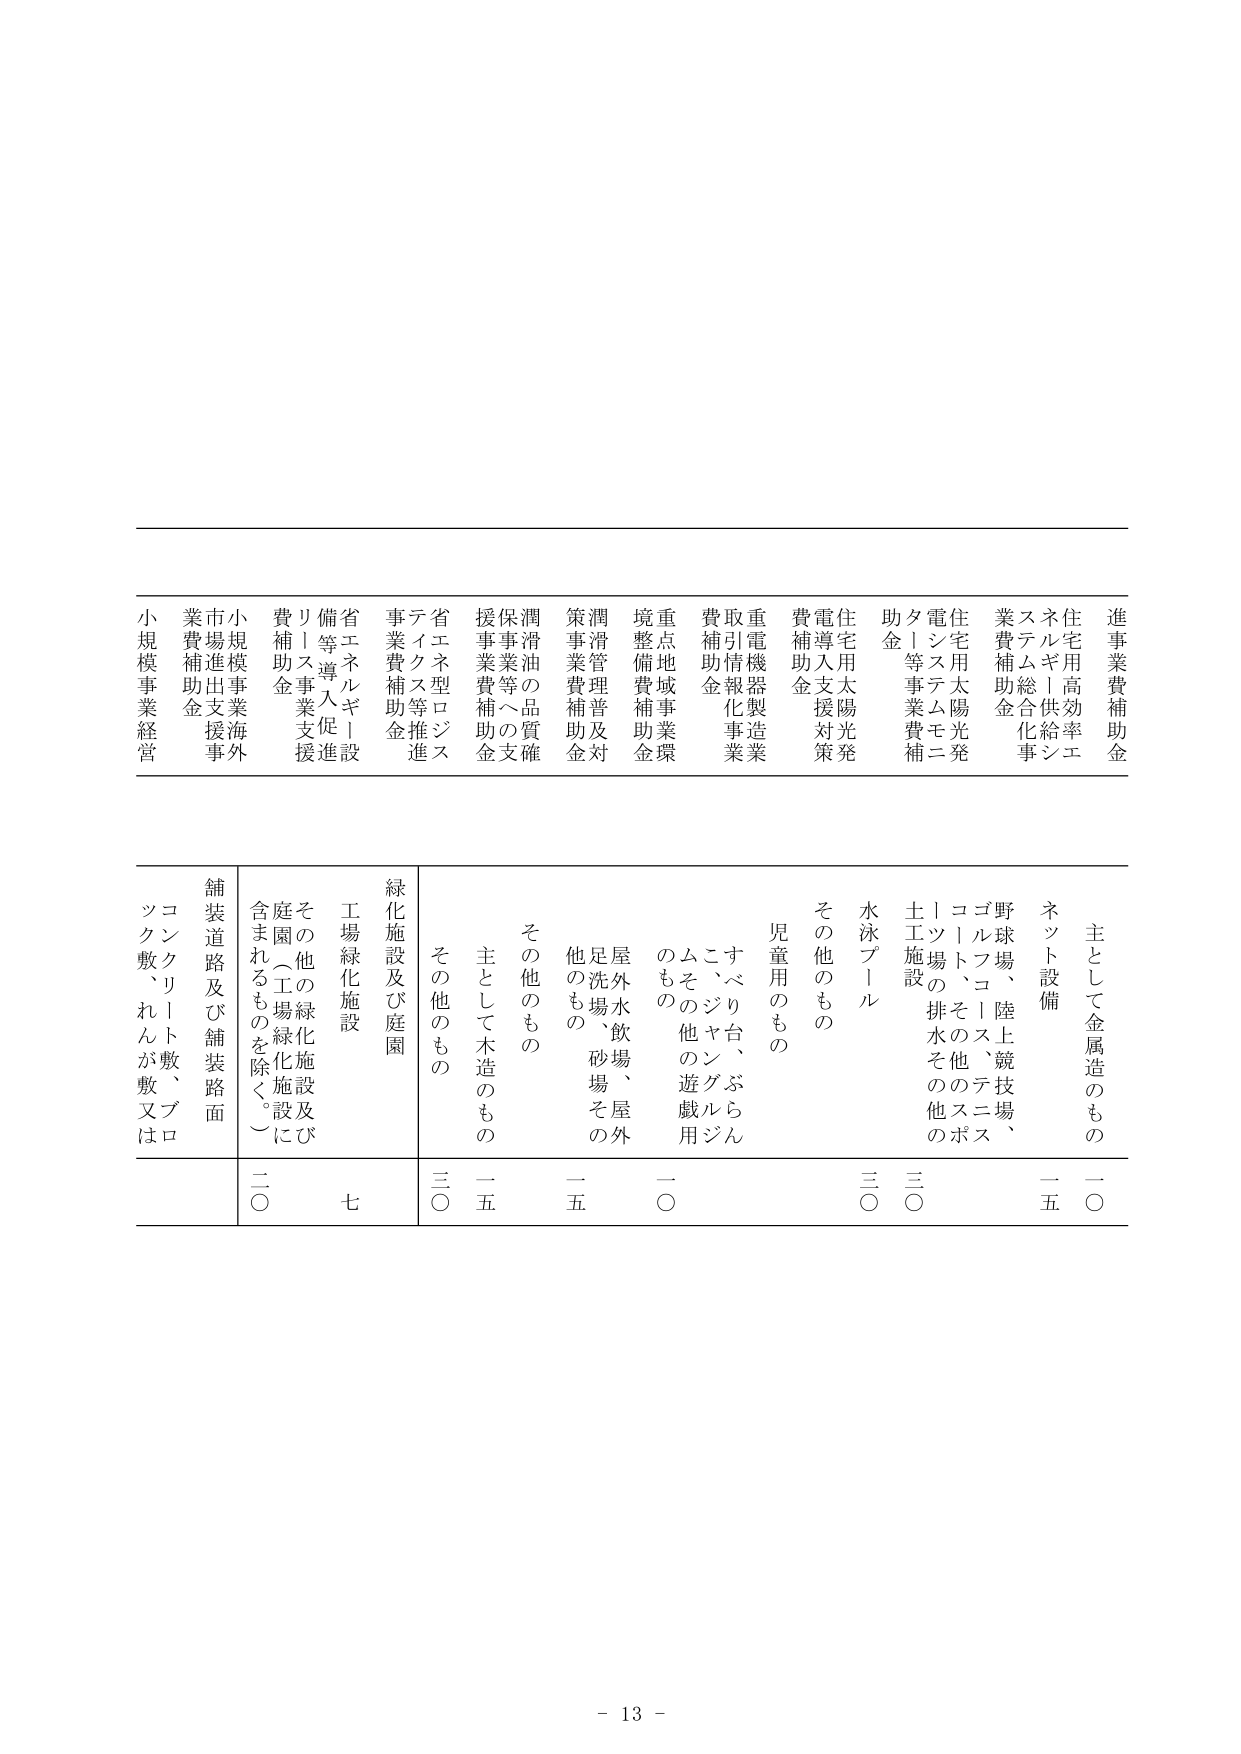
進事業費補助金
住宅用高効率エネルギー供給システム総合化事業費補助金
住宅用太陽光発電システムモニタリング事業費補助金
住宅用太陽光発電導入支援対策費補助金
重電機器製造業取引情報化事業費補助金
重点地域事業環境整備費補助金
潤滑管理普及対策事業費補助金
潤滑油の品質確保事業等への支援事業費補助金
省エネ型ロジスティクス等推進事業費補助金
省エネルギー設備等導入促進リース事業支援費補助金
小規模事業海外市場進出支援事業費補助金
小規模事業経営

主として金属造のもの
ネット設備
野球場、陸上競技場、ゴルフコース、テニスコート、その他のスポーツ施設
土工施設
水泳プール
その他のもの
児童用のもの
すべり台、ぶらんこ、ジャングルジムその他の遊戯用のもの
屋外水飲場、屋外足洗場、砂場、その他のもの
その他のもの
主として木造のもの
その他のもの
緑化施設及び庭園
工場緑化施設
その他の緑化施設及び庭園（工場緑化施設に含まれるものを除く。）
舗装道路及び舗装路面
コンクリート敷、ブロック敷、れんが敷又は

一〇
一五
一〇
一五
一〇
三〇
三〇
三〇
二〇
七
三〇
二〇

- 13 -